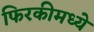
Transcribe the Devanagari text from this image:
फिरकीमध्ये